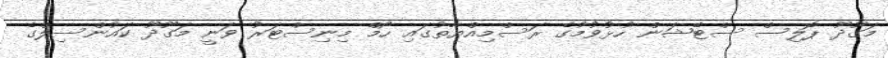
މަގޫދޫ ޕޮލިސް ސްޓޭޝަން ހުޅުވުމުގެ ރަސްމިއްޔާތުގައި ހޯމް މިނިސްޓަރު ވަނީ މަގޫދޫ ކައުންސިލްގެ